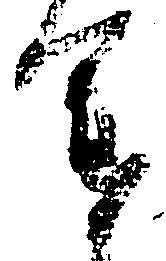
途